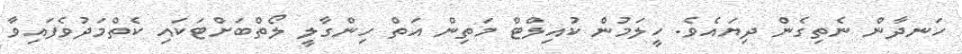
ހަނދާން ނެތިގެން ދިޔައެވެ. ހީލަމުން ކުއިލްޓް މަތިން އަތް ހިންގާލީ ލޯތްބަށްޓަކައި ކެތްމަދުވެފައިވާ